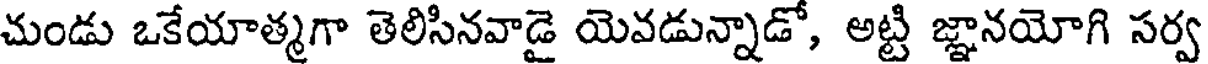
చుండు ఒకేయాత్మగా తెలిసినవాడై యెవడున్నాడో, అట్టి జ్ఞానయోగి సర్వ